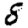
Digit: 8